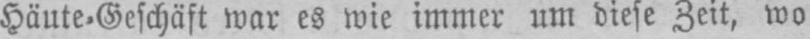
Häute⸗Geschäft war es wie immer um diese Zeit, wo